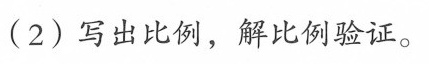
(2)写出比例，解比例验证。